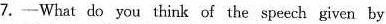
7.——What do you think of the speech given by